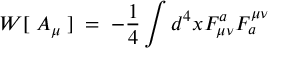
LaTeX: W [ \; A _ { \mu } \; ] \; = \; - \frac { 1 } { 4 } \int d ^ { 4 } x { F _ { \mu \nu } ^ { a } { F _ { a } ^ { \mu \nu } } }